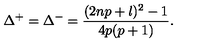
\Delta ^ { + } = \Delta ^ { - } = \displaystyle \frac { ( 2 n p + l ) ^ { 2 } - 1 } { 4 p ( p + 1 ) } .